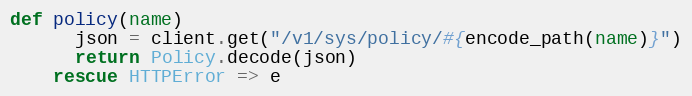
Language: Ruby
def policy(name)
      json = client.get("/v1/sys/policy/#{encode_path(name)}")
      return Policy.decode(json)
    rescue HTTPError => e